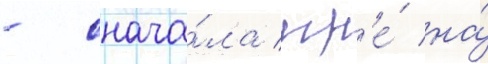
- снача́ла игр'е́ на́